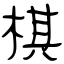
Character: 棋